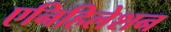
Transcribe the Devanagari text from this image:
एनिहिलेशन